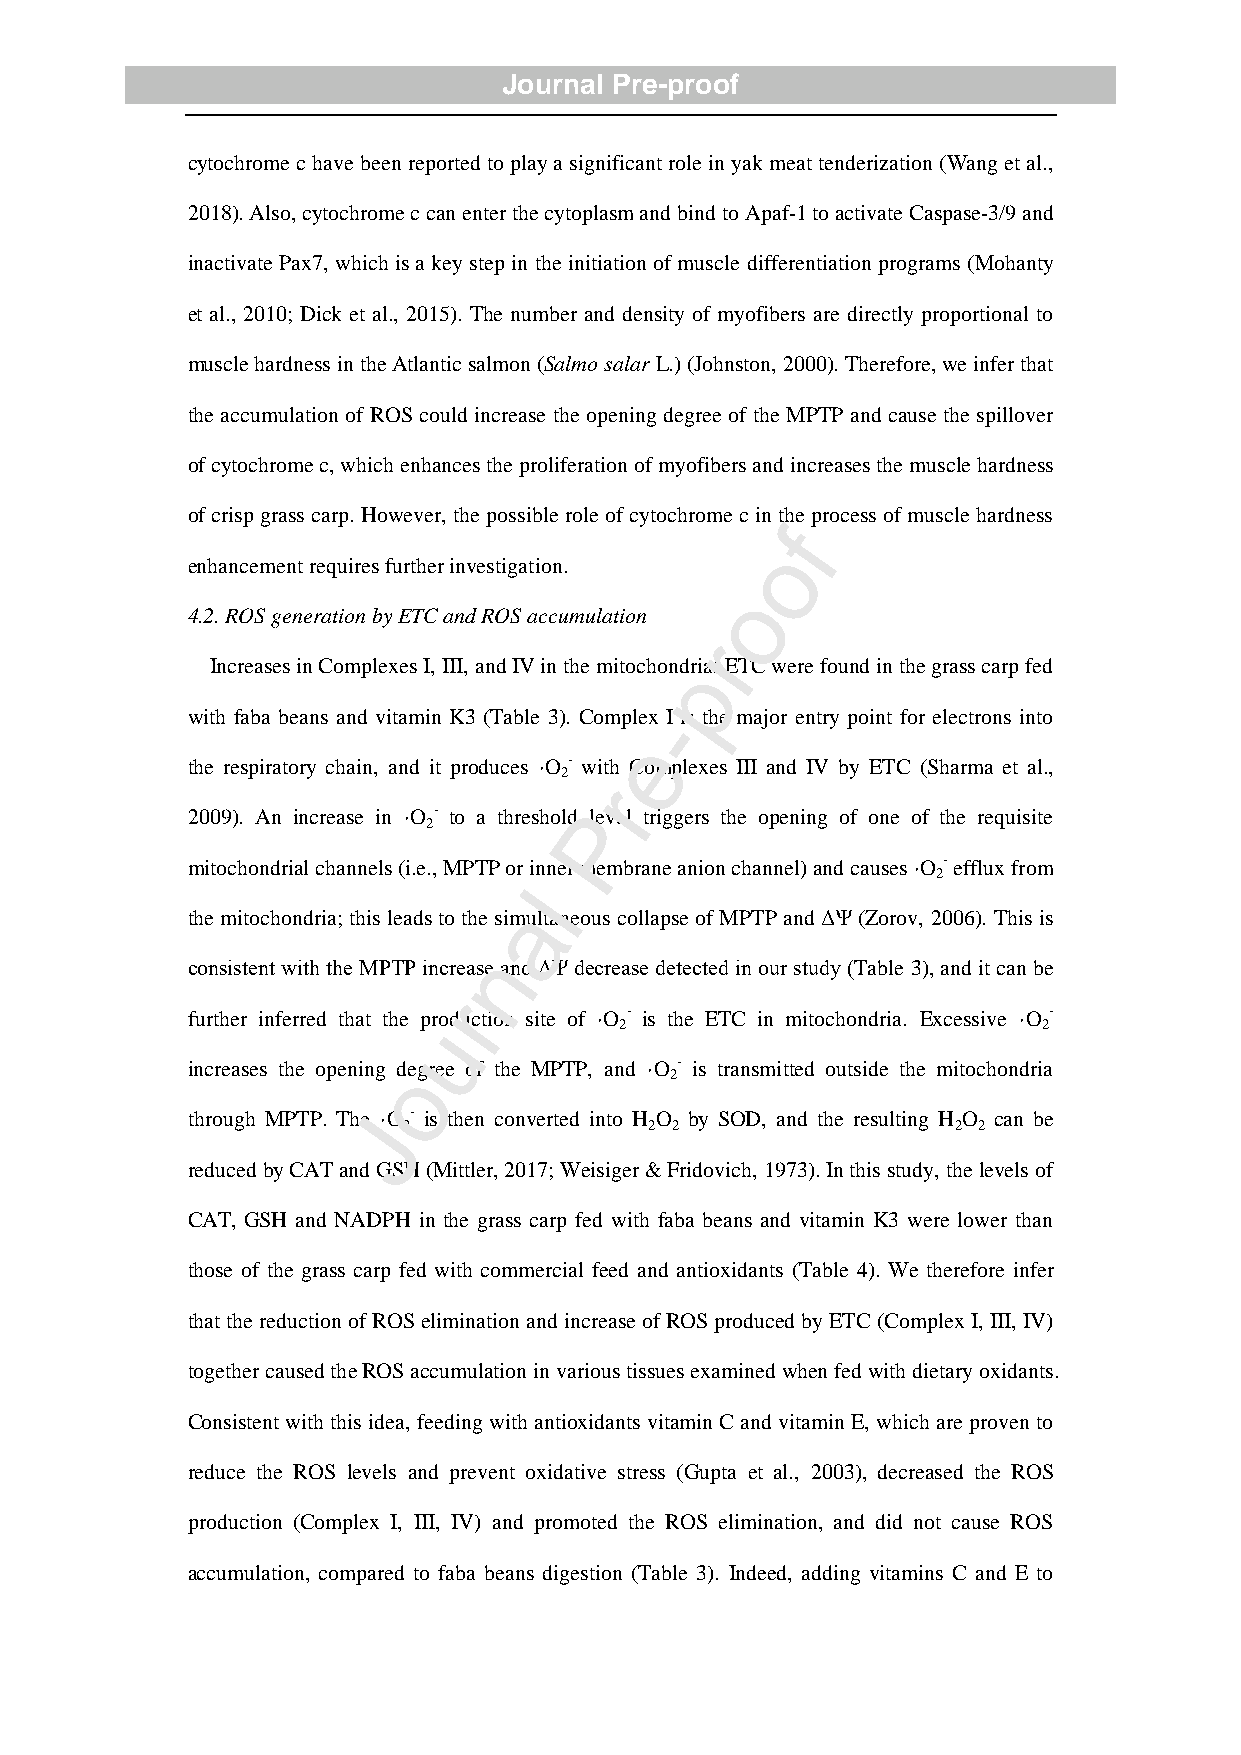
Journal Pre-proof
 cytochrome c have been reported to play a significant role in yak meat tenderization (Wang et al.,
 2018). Also, cytochrome c can enter the cytoplasm and bind to Apaf-1 to activate Caspase-3/9 and
 inactivate Pax7, which is a key step in the initiation of muscle differentiation programs (Mohanty
 et al., 2010; Dick et al., 2015). The number and density of myofibers are directly proportional to
 muscle hardness in the Atlantic salmon (Salmo salar L.) (Johnston, 2000). Therefore, we infer that
 the accumulation of ROS could increase the opening degree of the MPTP and cause the spillover
 of cytochrome c, which enhances the proliferation of myofibers and increases the muscle hardness
 of crisp grass carp. However, the possible role of cytochrome c in the process of muscle hardness
 f
 o
 enhancement requires further investigation.
 o
 4.2. ROS generation by ETC and ROS accumulation
 r
 Increases in Complexes I, III, and IV in the mitochondprial ETC were found in the grass carp fed
 with faba beans and vitamin K3 (Table 3). Comple-x I is the major entry point for electrons into
 e
 the respiratory chain, and it produces ·O - with Complexes III and IV by ETC (Sharma et al.,
 2
 r
 2009). An increase in ·O - to a thresholdP level triggers the opening of one of the requisite
 2
 mitochondrial channels (i.e., MPTP or in ner membrane anion channel) and causes ·O - efflux from
 2
 l
 a
 the mitochondria; this leads to the simultaneous collapse of MPTP and ΔΨ (Zorov, 2006). This is
 n
 consistent with the MPTP increase and ΔΨ decrease detected in our study (Table 3), and it can be
 r
 further inferred that the production site of ·O - is the ETC in mitochondria. Excessive ·O -
 u            2                           2
 increases the opening odegree of the MPTP, and ·O - is transmitted outside the mitochondria
 2
 through MPTP. TheJ ·O - is then converted into H O by SOD, and the resulting H O can be
 2               2 2                 2 2
 reduced by CAT and GSH (Mittler, 2017; Weisiger & Fridovich, 1973). In this study, the levels of
 CAT, GSH and NADPH in the grass carp fed with faba beans and vitamin K3 were lower than
 those of the grass carp fed with commercial feed and antioxidants (Table 4). We therefore infer
 that the reduction of ROS elimination and increase of ROS produced by ETC (Complex I, III, IV)
 together caused the ROS accumulation in various tissues examined when fed with dietary oxidants.
 Consistent with this idea, feeding with antioxidants vitamin C and vitamin E, which are proven to
 reduce the ROS levels and prevent oxidative stress (Gupta et al., 2003), decreased the ROS
 production (Complex I, III, IV) and promoted the ROS elimination, and did not cause ROS
 accumulation, compared to faba beans digestion (Table 3). Indeed, adding vitamins C and E to